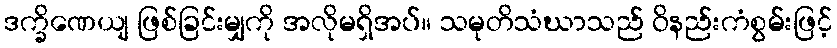
ဒက္ခိဏေယျ ဖြစ်ခြင်းမျှကို အလိုမရှိအပ်။ သမုတိသံဃာသည် ဝိနည်းကံစွမ်းဖြင့်